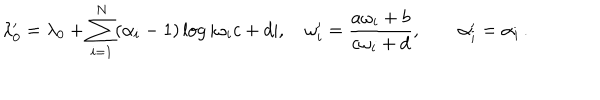
\lambda _ { 0 } ^ { \prime } = \lambda _ { 0 } + \sum _ { i = 1 } ^ { N } ( \alpha _ { i } - 1 ) \log | \omega _ { i } c + d | , \quad \displaystyle \omega _ { i } ^ { \prime } = \frac { a \omega _ { i } + b } { c \omega _ { i } + d } , \qquad \alpha _ { i } ^ { \prime } = \alpha _ { i } \, .